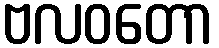
ဗလဝတော